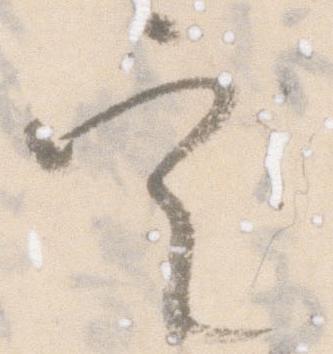
定